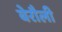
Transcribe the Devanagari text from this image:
बेरौली